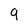
Character: 9